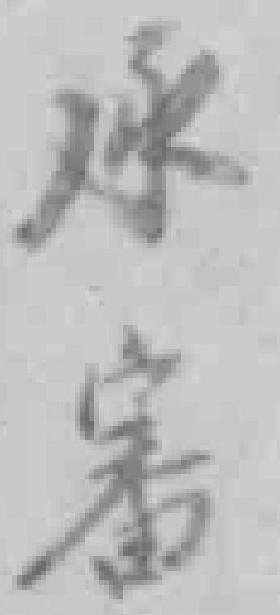
承審